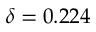
\delta = 0 . 2 2 4